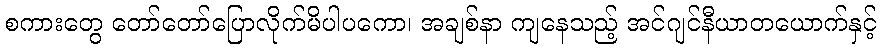
စကားတွေ တော်တော်ပြောလိုက်မိပါပကော၊ အချစ်နာ ကျနေသည့် အင်ဂျင်နီယာတယောက်နှင့်